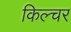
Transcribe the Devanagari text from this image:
किल्चर